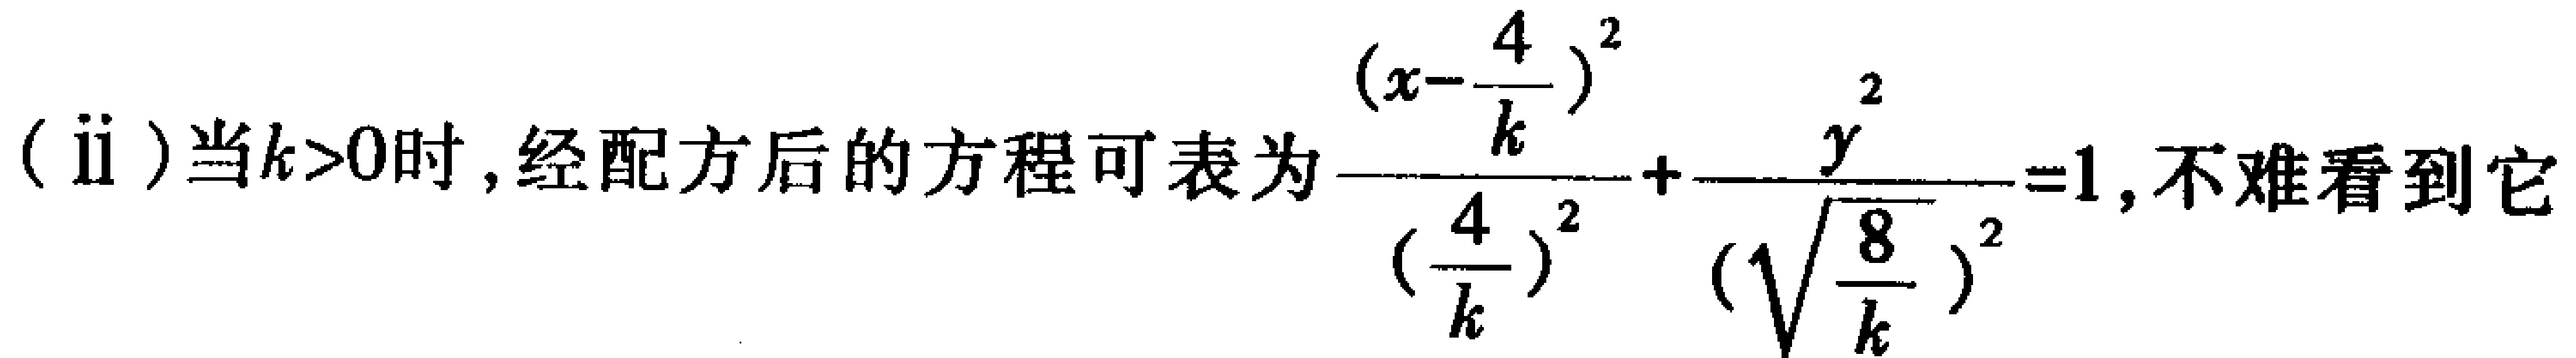
（ii）当\(k>0\)时，经配方后的方程可表为\(\frac{(x - \frac{4}{k})^2}{(\frac{4}{k})^2}+\frac{y^2}{(\sqrt{\frac{8}{k}})^2}=1\)，不难看到它